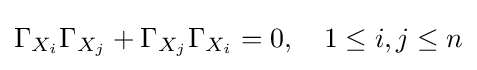
\Gamma _{X_{i}}\Gamma _{X_{j}}+\Gamma _{X_{j}}\Gamma _{X_{i}}=0,\quad 1\leq i,j\leq n